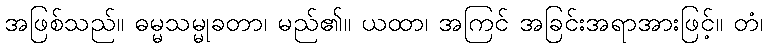
အဖြစ်သည်။ ဓမ္မသမ္မုခတာ၊ မည်၏။ ယထာ၊ အကြင် အခြင်းအရာအားဖြင့်။ တံ၊